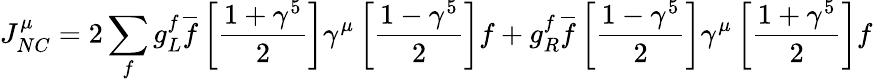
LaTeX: J_{NC}^{\mu}=2\sum_{f}g_{L}^{f}\overline{{f}}\left[\frac{1+\gamma^{5}}{2}\right]\gamma^{\mu}\left[\frac{1-\gamma^{5}}{2}\right]f+g_{R}^{f}\overline{{f}}\left[\frac{1-\gamma^{5}}{2}\right]\gamma^{\mu}\left[\frac{1+\gamma^{5}}{2}\right]f